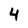
Character: 4